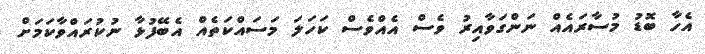
އެހާ ބޮޑު މުސާރައެއް ނަންގަވާއިރު ވެސް އެއްވެސް ކަހަލަ މަސައްކަތެއް އެބޭފުޅާ ނުކުރައްވާކަމަށް